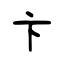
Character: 卞